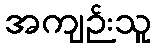
အကျဉ်းသူ